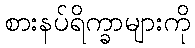
စားနပ်ရိက္ခာများကို